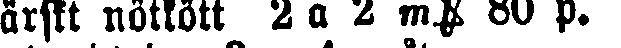
ärskt nötkött 2 a 2 mk 80 p.